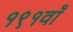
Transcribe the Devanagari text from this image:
१९१वाँ